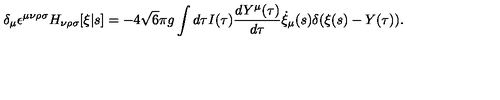
\delta _ { \mu } \epsilon ^ { \mu \nu \rho \sigma } H _ { \nu \rho \sigma } [ \xi | s ] = - 4 \sqrt { 6 } \pi g \int d \tau I ( \tau ) \frac { d Y ^ { \mu } ( \tau ) } { d \tau } \dot { \xi } _ { \mu } ( s ) \delta ( \xi ( s ) - Y ( \tau ) ) .